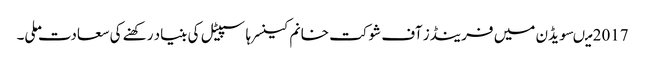
2017 میںسویڈن میں فرینڈز آف شوکت خانم کینسر ہاسپیٹل کی بنیاد رکھنے کی سعادت ملی۔